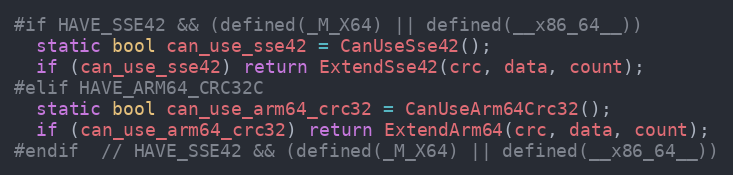
Language: C++
#if HAVE_SSE42 && (defined(_M_X64) || defined(__x86_64__))
  static bool can_use_sse42 = CanUseSse42();
  if (can_use_sse42) return ExtendSse42(crc, data, count);
#elif HAVE_ARM64_CRC32C
  static bool can_use_arm64_crc32 = CanUseArm64Crc32();
  if (can_use_arm64_crc32) return ExtendArm64(crc, data, count);
#endif  // HAVE_SSE42 && (defined(_M_X64) || defined(__x86_64__))